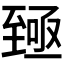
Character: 𫇐